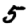
Digit: 5